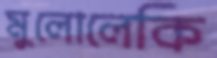
মুলোলেকি